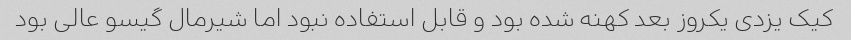
کیک یزدی یکروز بعد کهنه شده بود و قابل استفاده نبود اما شیرمال گیسو عالی بود